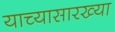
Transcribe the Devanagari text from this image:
याच्यासारख्या